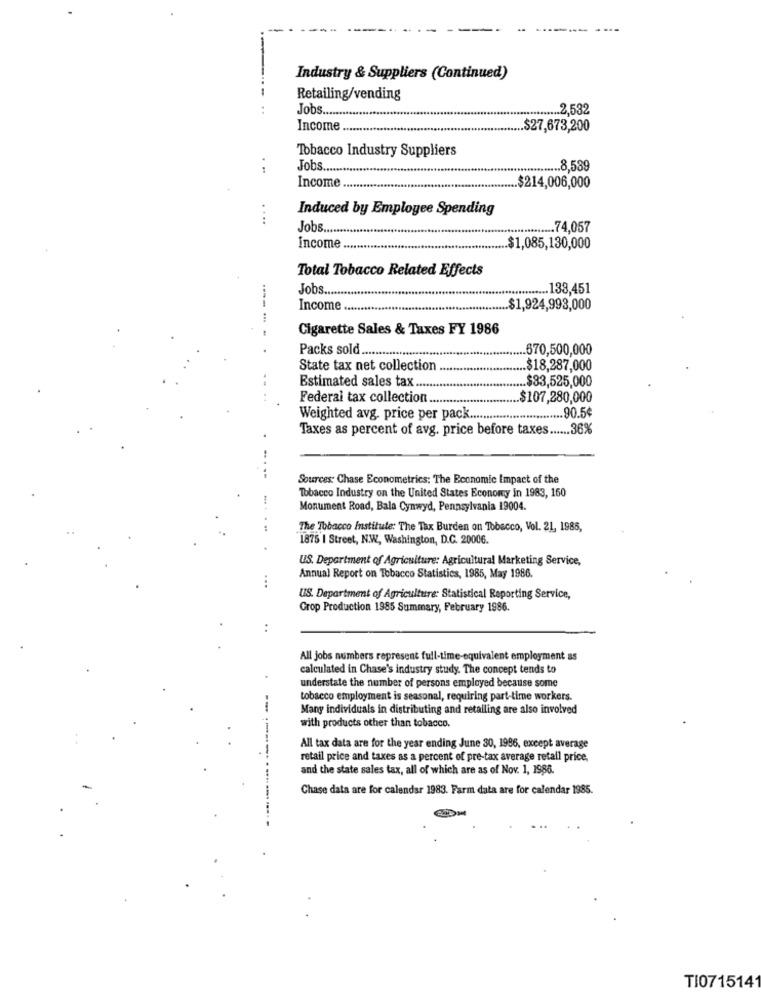
Industry & Suppliers (Continued)
Retailing/vending
Jobs ...
............. 2,532
Income.
.. $27,673,200
Tobacco Industry Suppliers
Jobs ....
................ 8,539
Income
.. $214,006,000
Induced by Employee Spending
....
Jobs ....
............... 74,057
Income
$1,085,130,000
Total Tobacco Related Effects
Jobs ...
........ 133,451
Income
.. $1,924,993,000
Cigarette Sales & Taxes FY 1986
-----
Packs sold ...................................
........ 670,500,000
State tax net collection .......
.. $18,287,000
.$33,525,000
.. .
Estimated sales tax .........
Federal tax collection ....
$107,280,000
Weighted avg. price per pack .....
................ 90.5¢
Taxes as percent of avg. price before taxes ...... 36%
.
----
Sources: Chase Econometrics: The Economic Impact of the
Tobacco Industry on the United States Economy in 1983, 160
Monument Road, Bala Cynwyd, Pennsylvania 19004.
....
The Tobacco Institute: The Tax Burden on Tobacco, Vol. 21, 1985,
1875 | Street, NW, Washington, D.C. 20006.
US. Department of Agriculture: Agricultural Marketing Service,
...
Annual Report on Tobacco Statistics, 1985, May 1986.
US. Department of Agriculture: Statistical Reporting Service,
Crop Production 1985 Summary, February 1986.
..
All jobs numbers represent full-time-equivalent employment as
calculated in Chase's industry study. The concept tends to
understate the number of persons employed because some
tobacco employment is seasonal, requiring part-time workers.
--.
Many individuals in distributing and retailing are also involved
with products other than tobacco.
All tax data are for the year ending June 30, 1996, except average
----.
retail price and taxes as a percent of pre-tax average retail price,
and the state sales tax, all of which are as of Nov. 1, 1986.
Chase data are for calendar 1983. Farm data are for calendar 1985.
. ........
TI0715141